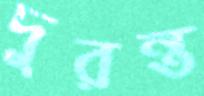
দুরন্ত